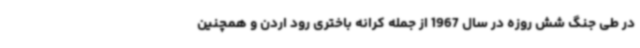
در طی جنگ‌ شش‌ روزه در سال 1967 از جمله کرانه باختری رود اردن و همچنین